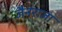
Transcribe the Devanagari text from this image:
जैनराजा